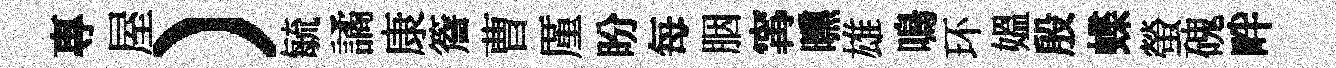
專屋）毓譎康簷曹厪盼每胭𡩋曛雄鳴环媪殷蝶螢磈畔